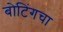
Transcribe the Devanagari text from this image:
बोटिंगचा